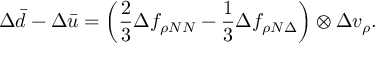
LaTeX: \Delta \bar { d } - \Delta \bar { u } = \left( \frac { 2 } { 3 } \Delta f _ { \rho N N } - \frac { 1 } { 3 } \Delta f _ { \rho N \Delta } \right) \otimes \Delta v _ { \rho } .